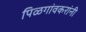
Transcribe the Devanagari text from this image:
पिळगांवकरांनी